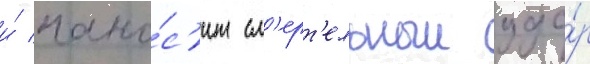
и́ нано́с'ит см'ерт'ельныи уда́р